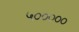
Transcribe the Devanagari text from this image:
५०००००